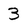
Character: 3